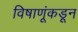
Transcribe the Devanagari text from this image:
विषाणूंकडून